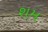
શમ